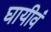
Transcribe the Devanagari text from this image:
घायीवं